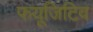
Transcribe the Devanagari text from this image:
फयूजिटिव